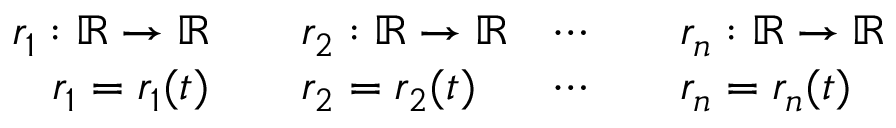
{ \begin{array} { r l r l } { r _ { 1 } : \mathbb { R } \rightarrow \mathbb { R } } & { \quad r _ { 2 } : \mathbb { R } \rightarrow \mathbb { R } } & { \cdots } & { \quad r _ { n } : \mathbb { R } \rightarrow \mathbb { R } } \\ { r _ { 1 } = r _ { 1 } ( t ) } & { \quad r _ { 2 } = r _ { 2 } ( t ) } & { \cdots } & { \quad r _ { n } = r _ { n } ( t ) } \end{array} }